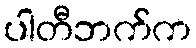
ပါတီဘက်က